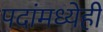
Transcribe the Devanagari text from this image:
पदांमध्येही